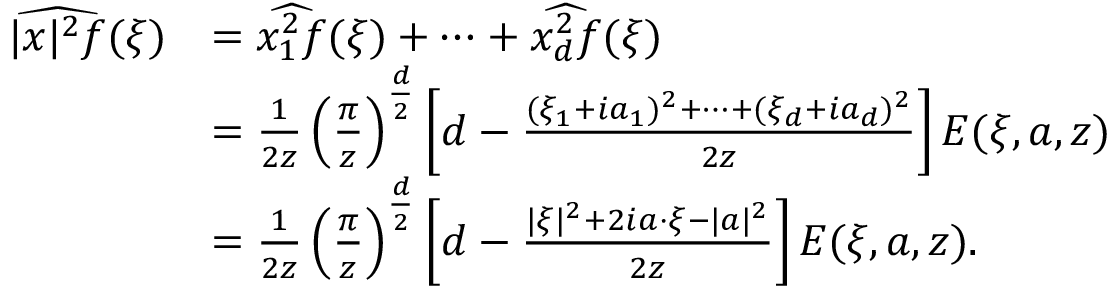
\begin{array} { r l } { \widehat { | x | ^ { 2 } f } ( \xi ) } & { = \widehat { x _ { 1 } ^ { 2 } f } ( \xi ) + \dots + \widehat { x _ { d } ^ { 2 } f } ( \xi ) } \\ & { = \frac { 1 } { 2 z } \left( \frac { \pi } { z } \right) ^ { \frac { d } { 2 } } \left[ d - \frac { ( \xi _ { 1 } + i a _ { 1 } ) ^ { 2 } + \dots + ( \xi _ { d } + i a _ { d } ) ^ { 2 } } { 2 z } \right] E ( \xi , a , z ) } \\ & { = \frac { 1 } { 2 z } \left( \frac { \pi } { z } \right) ^ { \frac { d } { 2 } } \left[ d - \frac { | \xi | ^ { 2 } + 2 i a \cdot \xi - | a | ^ { 2 } } { 2 z } \right] E ( \xi , a , z ) . } \end{array}